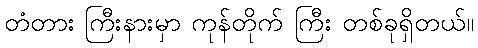
တံတား ကြီးနားမှာ ကုန်တိုက် ကြီး တစ်ခုရှိတယ်။